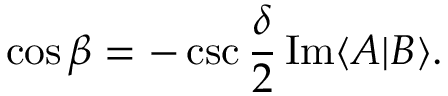
\cos { \beta } = - \csc { \frac { \delta } { 2 } } \, \mathrm { I m } \langle A | B \rangle .